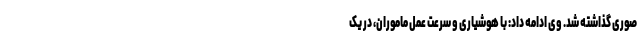
صوری گذاشته شد. وی ادامه داد: با هوشیاری و سرعت عمل ماموران، در یک